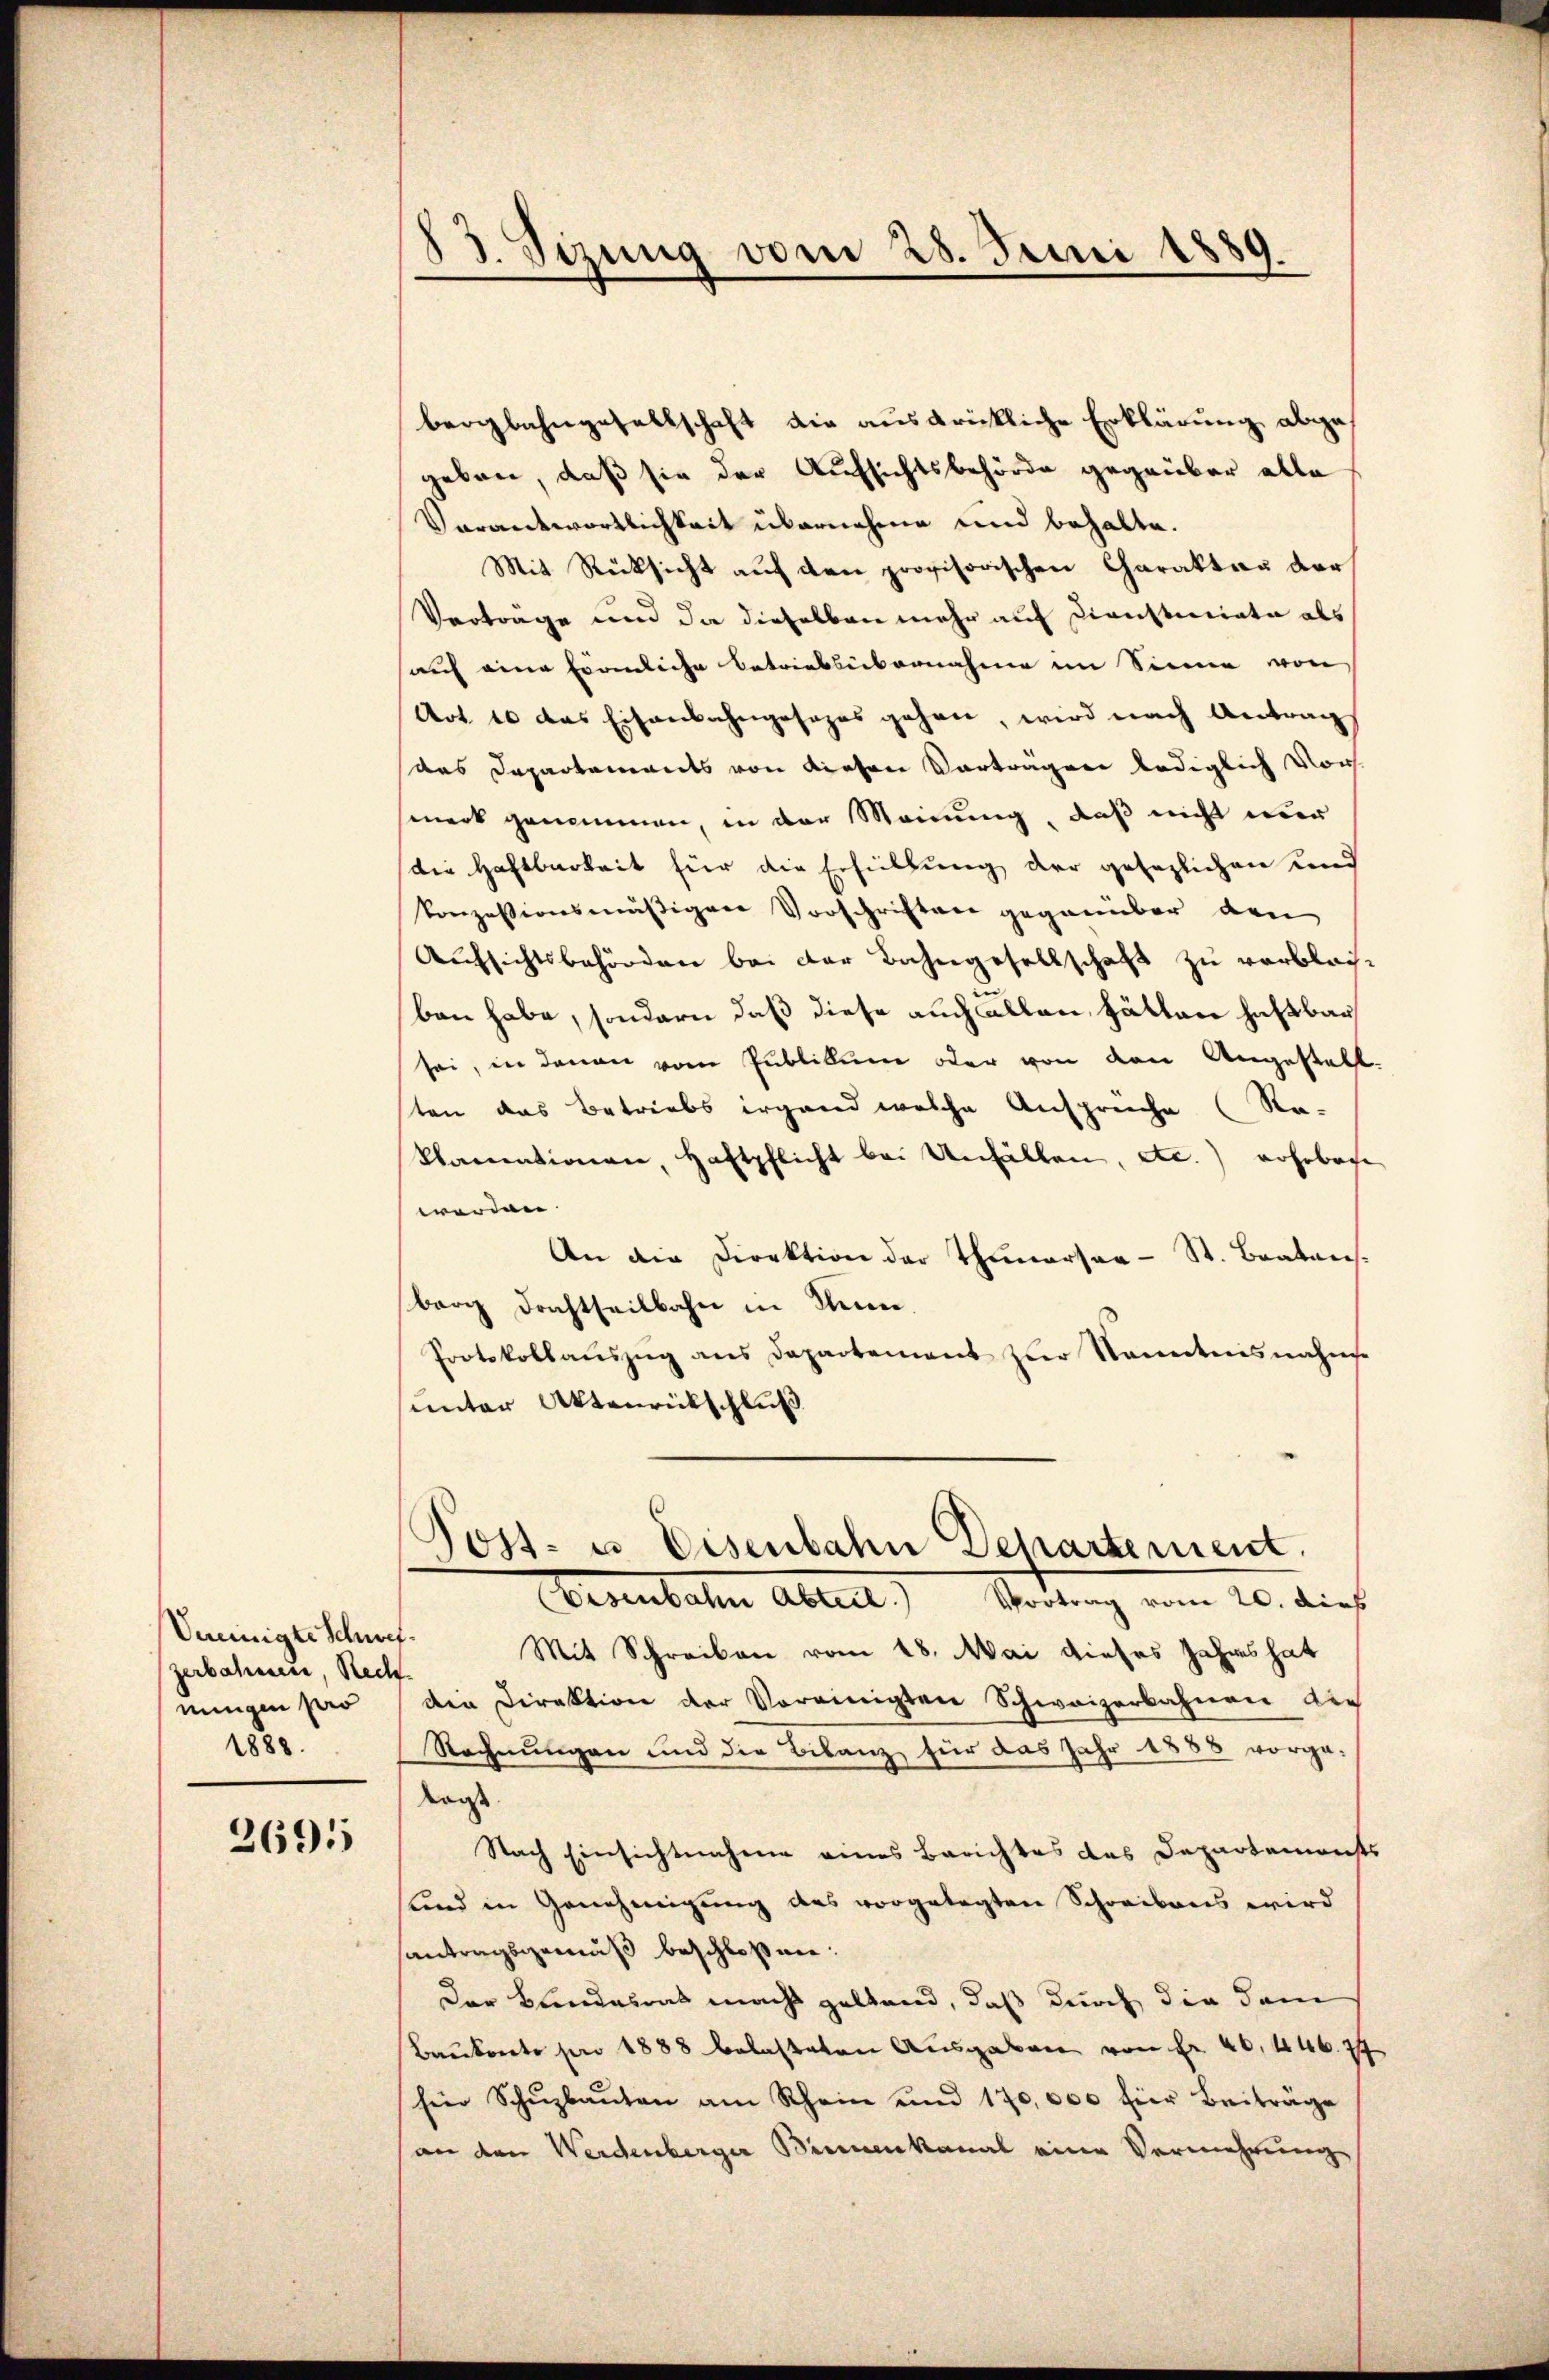
Veeinigte Schwer.
zerbahnen, Recht
nungen pro
1888.

2691

13. Sizung vom 28. Juni 1889.

bergbahngesellschaft die ausdrückliche Erklärung abgegeben, daß sie der Aufsichtsbehörde gegrüber alle
Verantwortlichkeit übernehme und behalte.
Mit Rücksicht auf den provisorischen Charakter der
Verträge und da dieselben mehr auf Diensteriate als
auch eine förmliche Betriebsübernahme im Sinne von
Art. e das Eisenbahngesezes gehen, wird nach Antrag
das Departements von diesen Vortragen lediglich Vors
merk genommen, in der Meinung, daß nicht nur
die Haftbarkeit für die Erfüllung der gesezlichen und
konzessionsmäßigen Vorschriften gegenüber den
Aufsichtsbehörden bei der Bahngesellschaft zu verbleiben habe, sondern daß diese auch Fällen, hätten haftbar
sei, in denen vom Publikum oder von den Angestalt.
ten das Betriebs irgend welche Anspreche (Ra-
klamationen, Haftpflicht bei Unfällen, etc.) erhebache
werden
An die Direktion der Thunersaa-St. Bratens.
berg dachtheilbahn in Sinn.
Protokollaŭszŭg ans Departement zŭr Kenntnisnahme
unter Aktenrückschluß
Post- u. Eisenbahn Departement.
(Eisenbahn Abteil) Vortrag vom 20. dies
Mit Schreiben vom 18. Mai dieses Jahres hat
Die Direktion der Vereinigten Schweizerbahnen die
Rechnungen und die Bilanz für das Jahr 1888 vorge-
Kaise
Nach Einsichtnahme eines Berichtes das Departemensts
sind in Genehmigung des vorgelegten Schreibens wird
santragsgemäß beschloßen:
Der Bundesrat macht geltend, daß durch die dem
Baukonto pro 1888 belasteten Ausgaben von Fr. 40, 446. 74
fein Schŭzbaŭten am Rhein und 170,000 für Beiträge
an den Werdenberger Birmenkanal eine Vermehrung